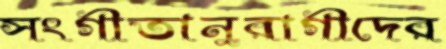
সংগীতানুরাগীদের